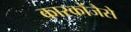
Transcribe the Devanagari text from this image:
कारकोंजैसे